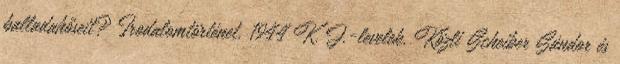
balladahőseit? Irodalomtörténet, 1944 K. J.-levelek. Közli Scheiber Sándor és